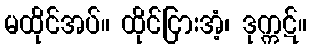
မထိုင်အပ်။ ထိုင်ငြားအံ့၊ ဒုက္ကဋ်။